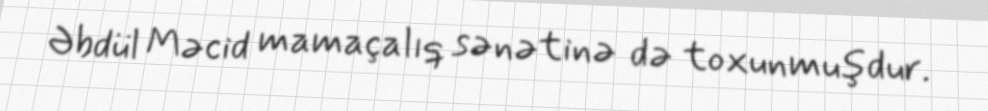
Əbdül Məcid mamaçalıq sənətinə də toxunmuşdur.